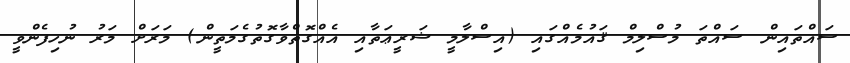
ސައްތައިން ސައްތަ މުސްލިމް ޤައުމެއްގައި (އިސްލާމީ ޝަރީޢަތާއި އެއްގޮތްވާގޮތުގެމަތީން) މަރަށް މަރު ނުހިފެންވީ